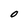
Character: O